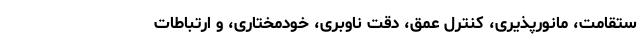
ستقامت، مانورپذیری، کنترل عمق، دقت ناوبری، خودمختاری، و ارتباطات